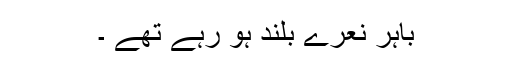
باہر نعرے بلند ہو رہے تھے ۔